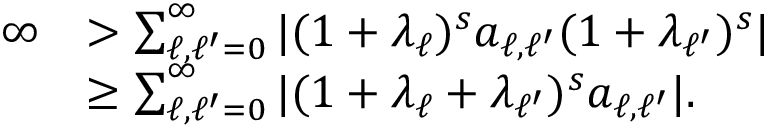
\begin{array} { r l } { \infty } & { > \sum _ { \ell , \ell ^ { \prime } = 0 } ^ { \infty } \vert ( 1 + \lambda _ { \ell } ) ^ { s } a _ { \ell , \ell ^ { \prime } } ( 1 + \lambda _ { \ell ^ { \prime } } ) ^ { s } \vert } \\ & { \geq \sum _ { \ell , \ell ^ { \prime } = 0 } ^ { \infty } \vert ( 1 + \lambda _ { \ell } + \lambda _ { \ell ^ { \prime } } ) ^ { s } a _ { \ell , \ell ^ { \prime } } \vert . } \end{array}